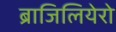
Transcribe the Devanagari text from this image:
ब्राजिलियेरो